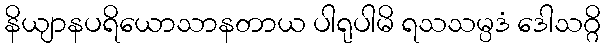
နိယျာနပရိယောသာနတာယ ပါရုပါမိ ရသသမ္ပဒံ ဒေါသဂ္ဂိ